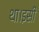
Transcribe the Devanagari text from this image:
था।इसी